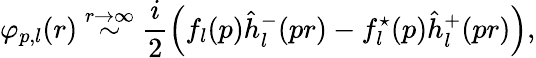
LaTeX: \varphi_{p,l}(r)\stackrel{r\rightarrow\infty}{\sim}\frac i2\left(f_{l}(p)\hat{h}_{l}^{-}(pr)-f_{l}^{\star}(p)\hat{h}_{l}^{+}(pr)\right),